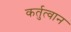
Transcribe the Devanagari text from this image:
कर्तुत्वान